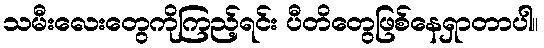
သမီးလေးတွေကိုကြည့်ရင်း ပီတိတွေဖြစ်နေရှာတာပါ။